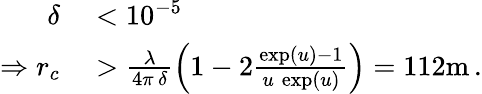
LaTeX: \begin{array}{rl}{\delta}&{{}<10^{-5}}\\ {\Rightarrow r_{c}}&{{}>\frac{\lambda}{4\pi\, \delta}\left(1-2\frac{\exp(u)-1}{u\, \exp(u)}\right)=112\mathrm{m}\, .}\end{array}